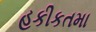
હકીકતમા